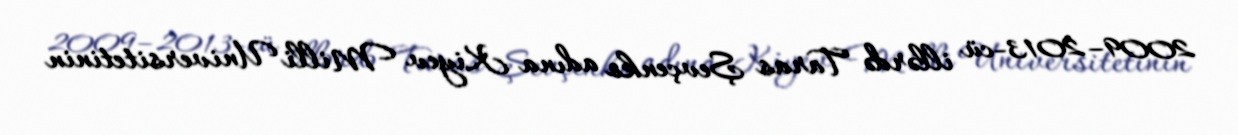
2009–2013-cü illərdə Taras Şevçenko adına Kiyev Milli Universitetinin